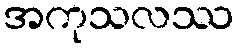
အကုသလဿ